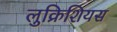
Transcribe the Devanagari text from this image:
लुक्रिशियस